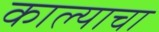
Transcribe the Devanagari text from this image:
काल्याचा